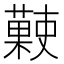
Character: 𧀞